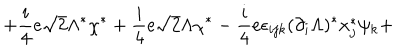
LaTeX: + \frac { i } { 4 } e \sqrt { 2 } \Lambda ^ { \ast } \chi ^ { \ast } + \frac { i } { 4 } e \sqrt { 2 } \Lambda \chi ^ { \ast } - \frac { i } { 4 } e \epsilon _ { i j k } ( \partial _ { i } \Lambda ) ^ { \ast } x _ { j } ^ { \ast } \psi _ { k } +